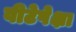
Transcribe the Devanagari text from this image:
वीटेपेक्षा